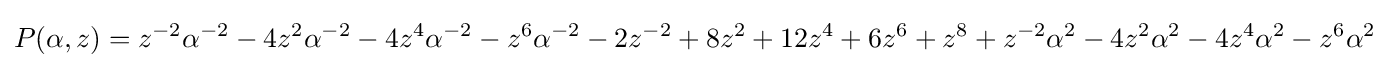
P(\alpha ,z)=z^{-2}\alpha ^{-2}-4z^{2}\alpha ^{-2}-4z^{4}\alpha ^{-2}-z^{6}\alpha ^{-2}-2z^{-2}+8z^{2}+12z^{4}+6z^{6}+z^{8}+z^{-2}\alpha ^{2}-4z^{2}\alpha ^{2}-4z^{4}\alpha ^{2}-z^{6}\alpha ^{2}